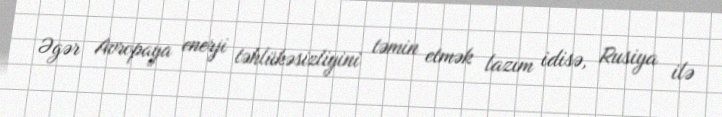
Əgər Avropaya enerji təhlükəsizliyini təmin etmək lazım idisə, Rusiya ilə